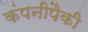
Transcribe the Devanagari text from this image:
कंपनीपैकी